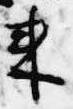
来